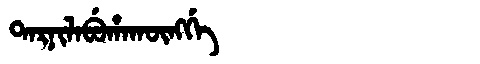
Manchu: ᡨᠠᡵᠨᡳᠯᠠᠪᡠᡥᠠᡴᡡᠩᡤᡝ
Romanization: TARNILABUHAKŪNGGE